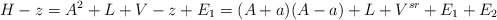
\begin{align*}H-z = A^2 + L + V - z + E_1 = (A+a)(A-a) + L + V^{sr} + E_1 + E_2\end{align*}